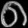
Digit: ၈